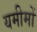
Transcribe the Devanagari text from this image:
यमीमों